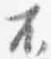
不